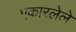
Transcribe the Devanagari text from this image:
एकारलेले